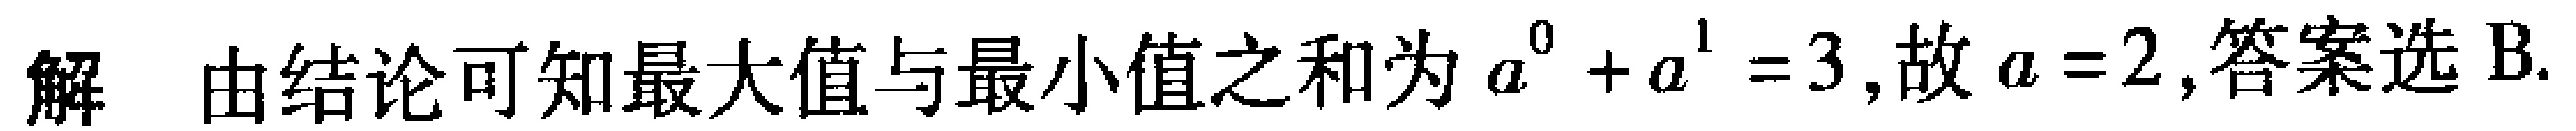
解 由结论可知最大值与最小值之和为 \(a^{0}+a^{1}=3\)，故 \(a = 2\)，答案选 B.